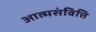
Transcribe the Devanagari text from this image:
आत्मसंवित्ति